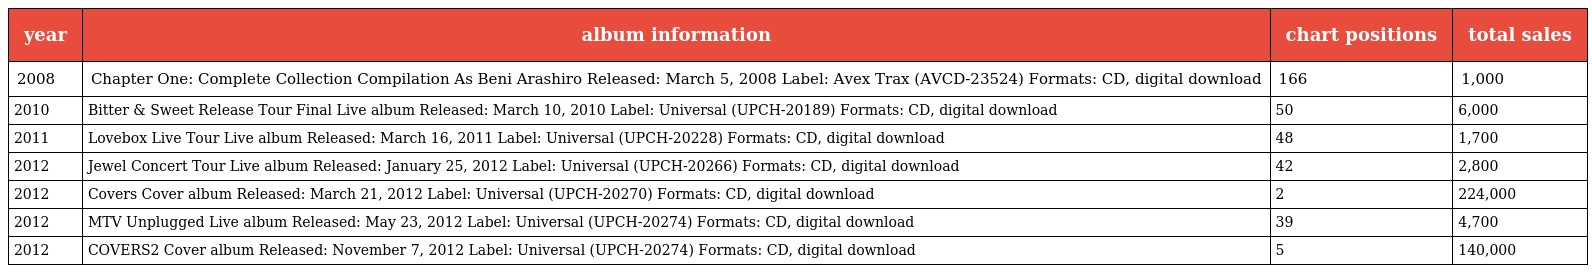
| year | album information | chart positions | total sales |
 | --- | --- | --- | --- |
 | 2008 | Chapter One: Complete Collection Compilation As Beni Arashiro Released: March 5, 2008 Label: Avex Trax (AVCD-23524) Formats: CD, digital download | 166 | 1,000 |
 | 2010 | Bitter & Sweet Release Tour Final Live album Released: March 10, 2010 Label: Universal (UPCH-20189) Formats: CD, digital download | 50 | 6,000 |
 | 2011 | Lovebox Live Tour Live album Released: March 16, 2011 Label: Universal (UPCH-20228) Formats: CD, digital download | 48 | 1,700 |
 | 2012 | Jewel Concert Tour Live album Released: January 25, 2012 Label: Universal (UPCH-20266) Formats: CD, digital download | 42 | 2,800 |
 | 2012 | Covers Cover album Released: March 21, 2012 Label: Universal (UPCH-20270) Formats: CD, digital download | 2 | 224,000 |
 | 2012 | MTV Unplugged Live album Released: May 23, 2012 Label: Universal (UPCH-20274) Formats: CD, digital download | 39 | 4,700 |
 | 2012 | COVERS2 Cover album Released: November 7, 2012 Label: Universal (UPCH-20274) Formats: CD, digital download | 5 | 140,000 |